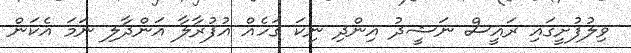
ވިލުފުށީގައި ރައީސް ނަޝީދު އިންދި ނިކަ ގަހެއް އުފުރާލާ އަންދާލި ނަމަ އެކަން